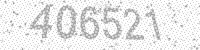
Solution: 406521